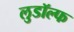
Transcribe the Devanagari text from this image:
लुडॉल्फ